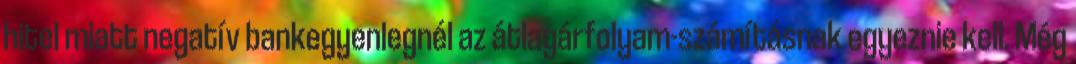
hitel miatt negatív bankegyenlegnél az átlagárfolyam-számításnak egyeznie kell. Még